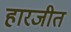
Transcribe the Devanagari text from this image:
हारजीत